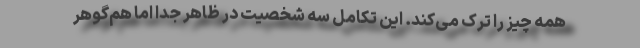
همه چیز را ترک می‌کند. این تکاملِ سه شخصیتِ در ظاهر جدا اما هم‌گوهر